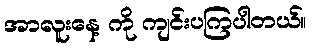
အာလူးနေ့ ကို ကျင်းပကြပါတယ်။